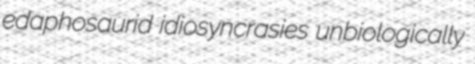
edaphosaurid idiosyncrasies unbiologically